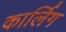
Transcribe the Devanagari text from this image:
कार्लिग